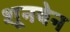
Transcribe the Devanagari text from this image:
शूनबेन